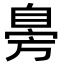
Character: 𦤔